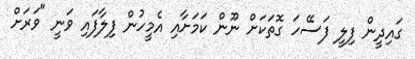
ގައިދީން ފިލީ ފަސޭހަ ގޮތަކަށް ނޫން ކަމަށާއި އެމީހުން ފިލާފައި ވަނީ "ވަރަށް